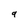
Character: g